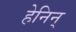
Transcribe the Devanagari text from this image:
हेनिन्